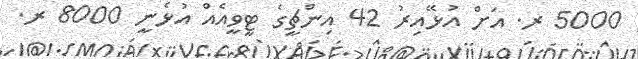
5000 ރ. އަށް އުޅޭއިރު 42 އިންޗީގެ ޓީވީއެއް އުޅެނީ 8000 ރ.